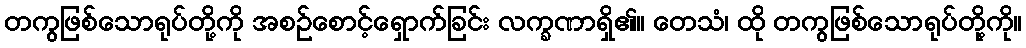
တကွဖြစ်သောရုပ်တို့ကို အစဉ်စောင့်ရှောက်ခြင်း လက္ခဏာရှိ၏။ တေသံ၊ ထို တကွဖြစ်သောရုပ်တို့ကို။